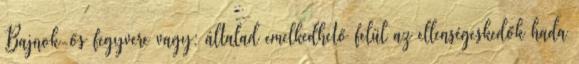
Bajnok-ős fegyvere vagy: általad emelkedhető felül az ellenségeskedők hada